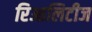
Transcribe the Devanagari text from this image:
रिआलिटीज